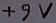
Text: +9V